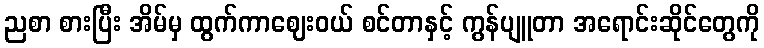
ညစာ စားပြီး အိမ်မှ ထွက်ကာဈေးဝယ် စင်တာနှင့် ကွန်ပျူတာ အရောင်းဆိုင်တွေကို